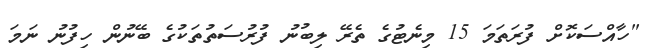
"ހާއްސަކޮށް ފުރަތަމަ 15 މިނެޓުގެ ތެރޭ ލިބުނު ފުރުސަތުތަކުގެ ބޭނުން ހިފުނު ނަމަ